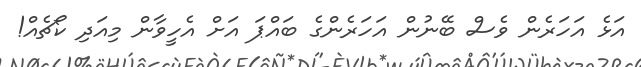
އަޅެ އަހަރެން ވެސް ބޭނުން އަހަރެންގެ ބައްޕަ އަށް އެހީވާން މިއަދި ކޯޗެއް!